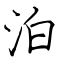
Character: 泊